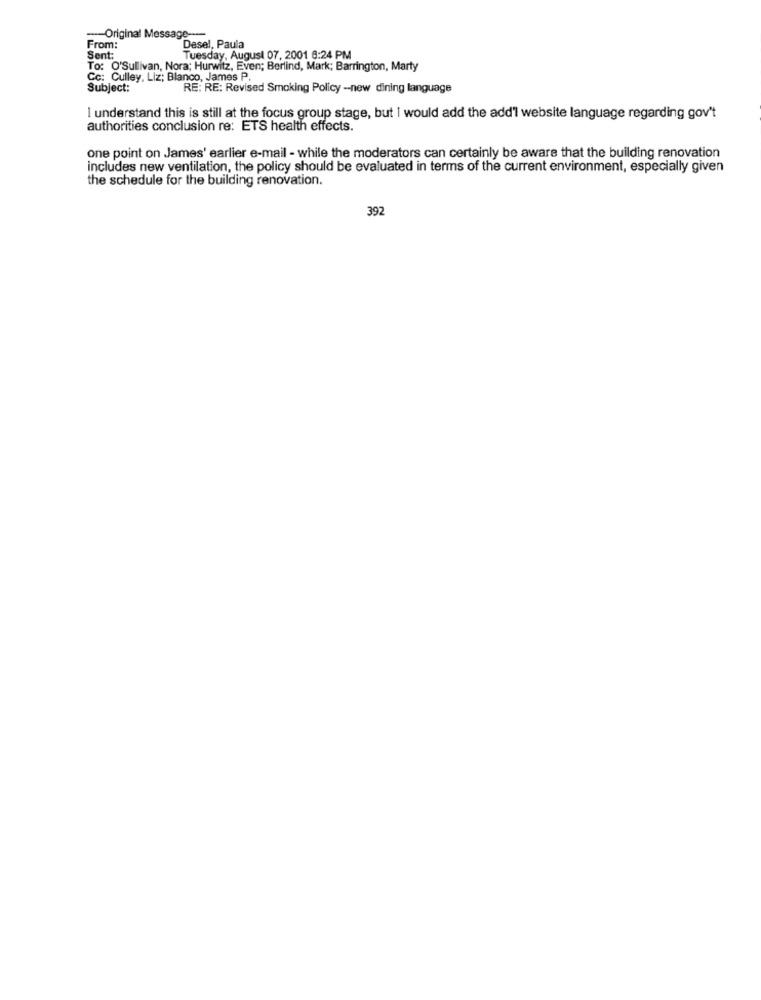
--- Original Message ---
From:
Desel, Paula
Sent:
Tuesday, August 07, 2001 6:24 PM
To: O'Sullivan, Nora; Hurwitz, Even; Berlind, Mark; Barrington, Marty
Cc: Culley, Liz; Blanco, James P.
Subject:
RE: RE: Revised Smoking Policy -- new dining language
I understand this is still at the focus group stage, but I would add the add'l website language regarding gov't
authorities conclusion re: ETS health effects.
one point on James' earlier e-mail - while the moderators can certainly be aware that the building renovation
includes new ventilation, the policy should be evaluated in terms of the current environment, especially given
the schedule for the building renovation.
392